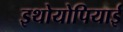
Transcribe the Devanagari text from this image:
इथोयोपियाई